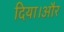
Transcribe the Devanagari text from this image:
दिया।और